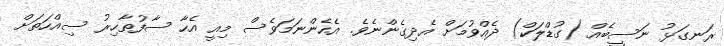
ރަނގަޅު ނަސީބެއް (ގުޑްލަކް) ދެއްވުމަށް އެދިގެންނެވެ. އެހެންނަމަވެސް މިއީ އެހާ ސާފުތާހިރު ސިއްހަތަށް